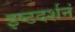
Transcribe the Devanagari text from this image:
इष्टदर्शनं